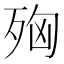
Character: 𭮌